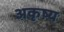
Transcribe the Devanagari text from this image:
अकृष्य